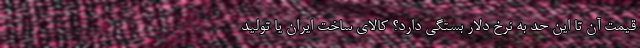
قیمت آن تا این حد به نرخ دلار بستگی دارد؟ کالای ساخت ایران یا تولید